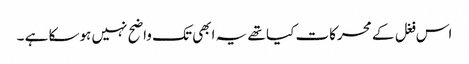
اس فغل کے محرکات کیا تھے یہ ابھی تک واضح نہیں ہوسکا ہے ۔